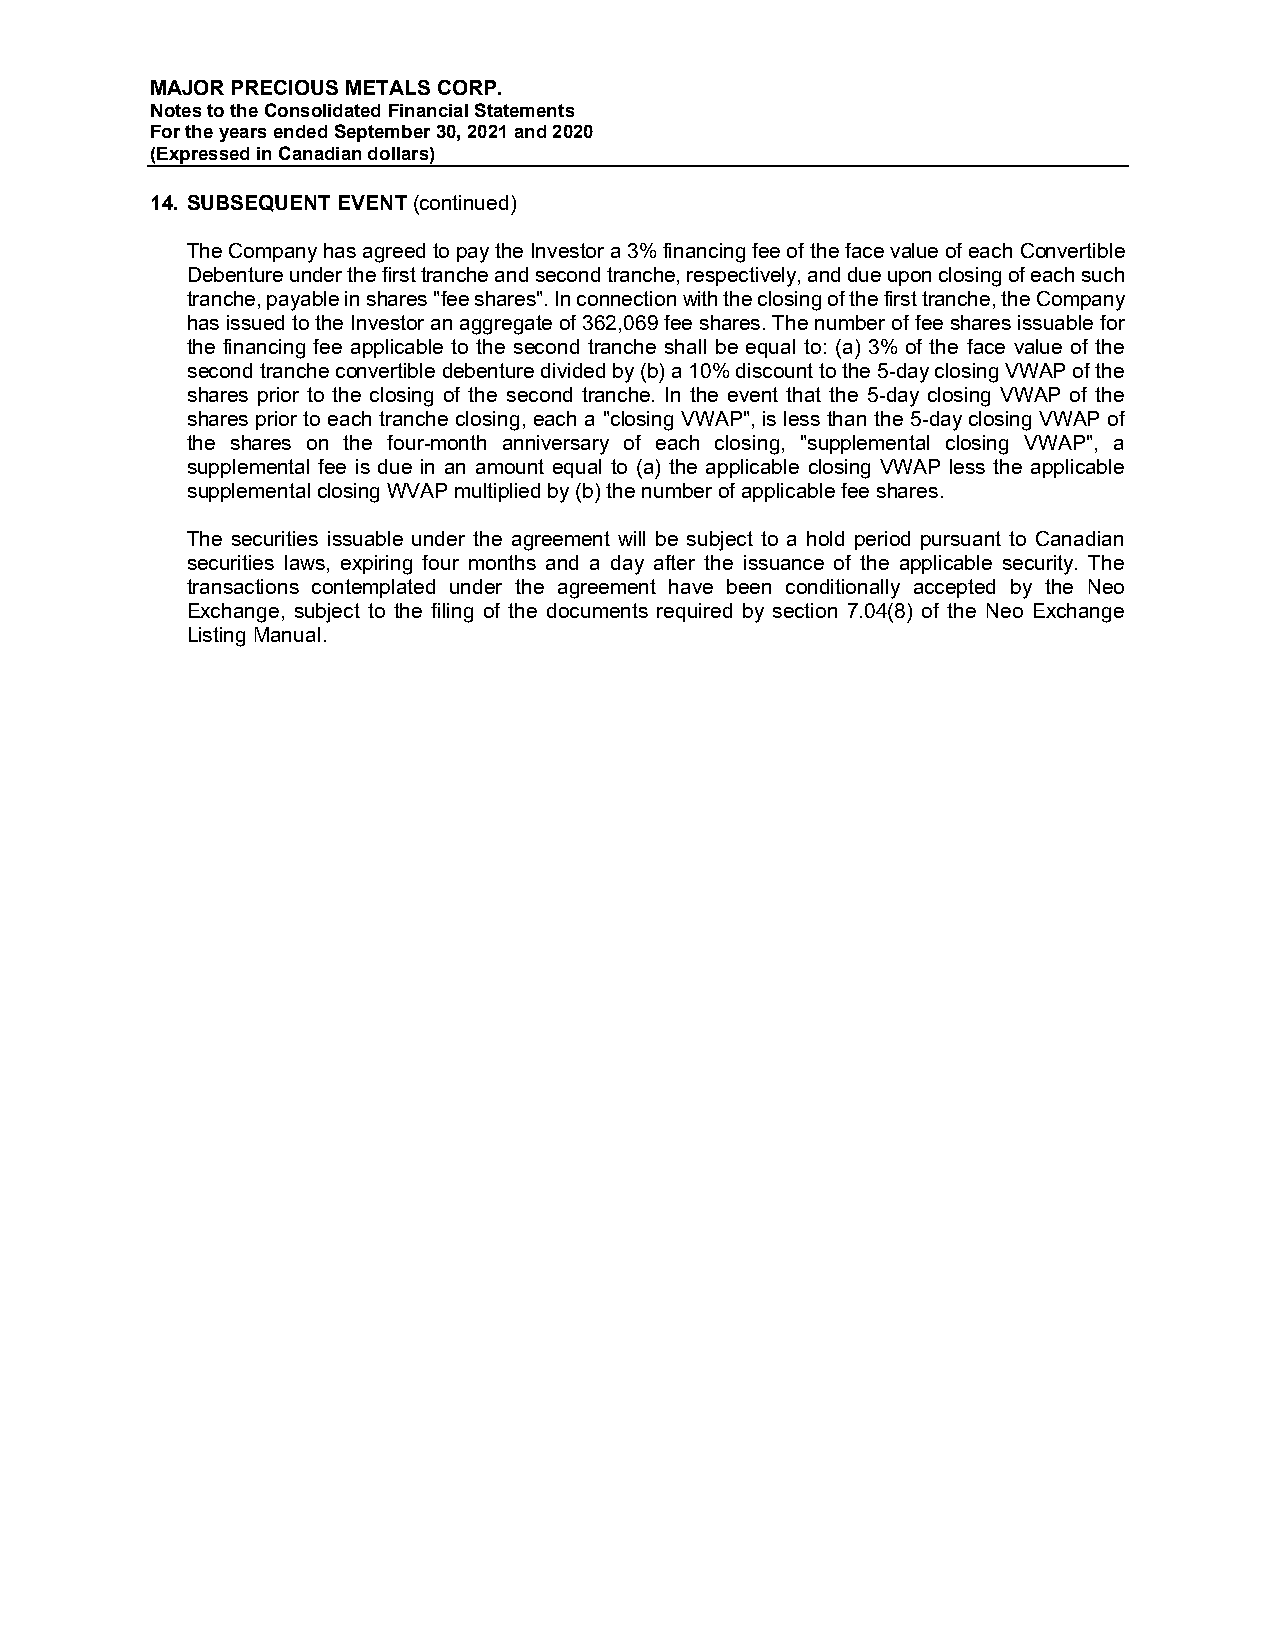
MAJOR PRECIOUS METALS CORP.
 Notes to the Consolidated Financial Statements
 For the years ended September 30, 2021 and 2020
 (Expressed in Canadian dollars)
 14. SUBSEQUENT EVENT (continued)
 The Company has agreed to pay the Investor a 3% financing fee of the face value of each Convertible
 Debenture under the first tranche and second tranche, respectively, and due upon closing of each such
 tranche, payable in shares "fee shares". In connection with the closing of the first tranche, the Company
 has issued to the Investor an aggregate of 362,069 fee shares. The number of fee shares issuable for
 the financing fee applicable to the second tranche shall be equal to: (a) 3% of the face value of the
 second tranche convertible debenture divided by (b) a 10% discount to the 5-day closing VWAP of the
 shares prior to the closing of the second tranche. In the event that the 5-day closing VWAP of the
 shares prior to each tranche closing, each a "closing VWAP", is less than the 5-day closing VWAP of
 the shares on the four-month anniversary of each closing, "supplemental closing VWAP", a
 supplemental fee is due in an amount equal to (a) the applicable closing VWAP less the applicable
 supplemental closing WVAP multiplied by (b) the number of applicable fee shares.
 The securities issuable under the agreement will be subject to a hold period pursuant to Canadian
 securities laws, expiring four months and a day after the issuance of the applicable security. The
 transactions contemplated under the agreement have been conditionally accepted by the Neo
 Exchange, subject to the filing of the documents required by section 7.04(8) of the Neo Exchange
 Listing Manual.